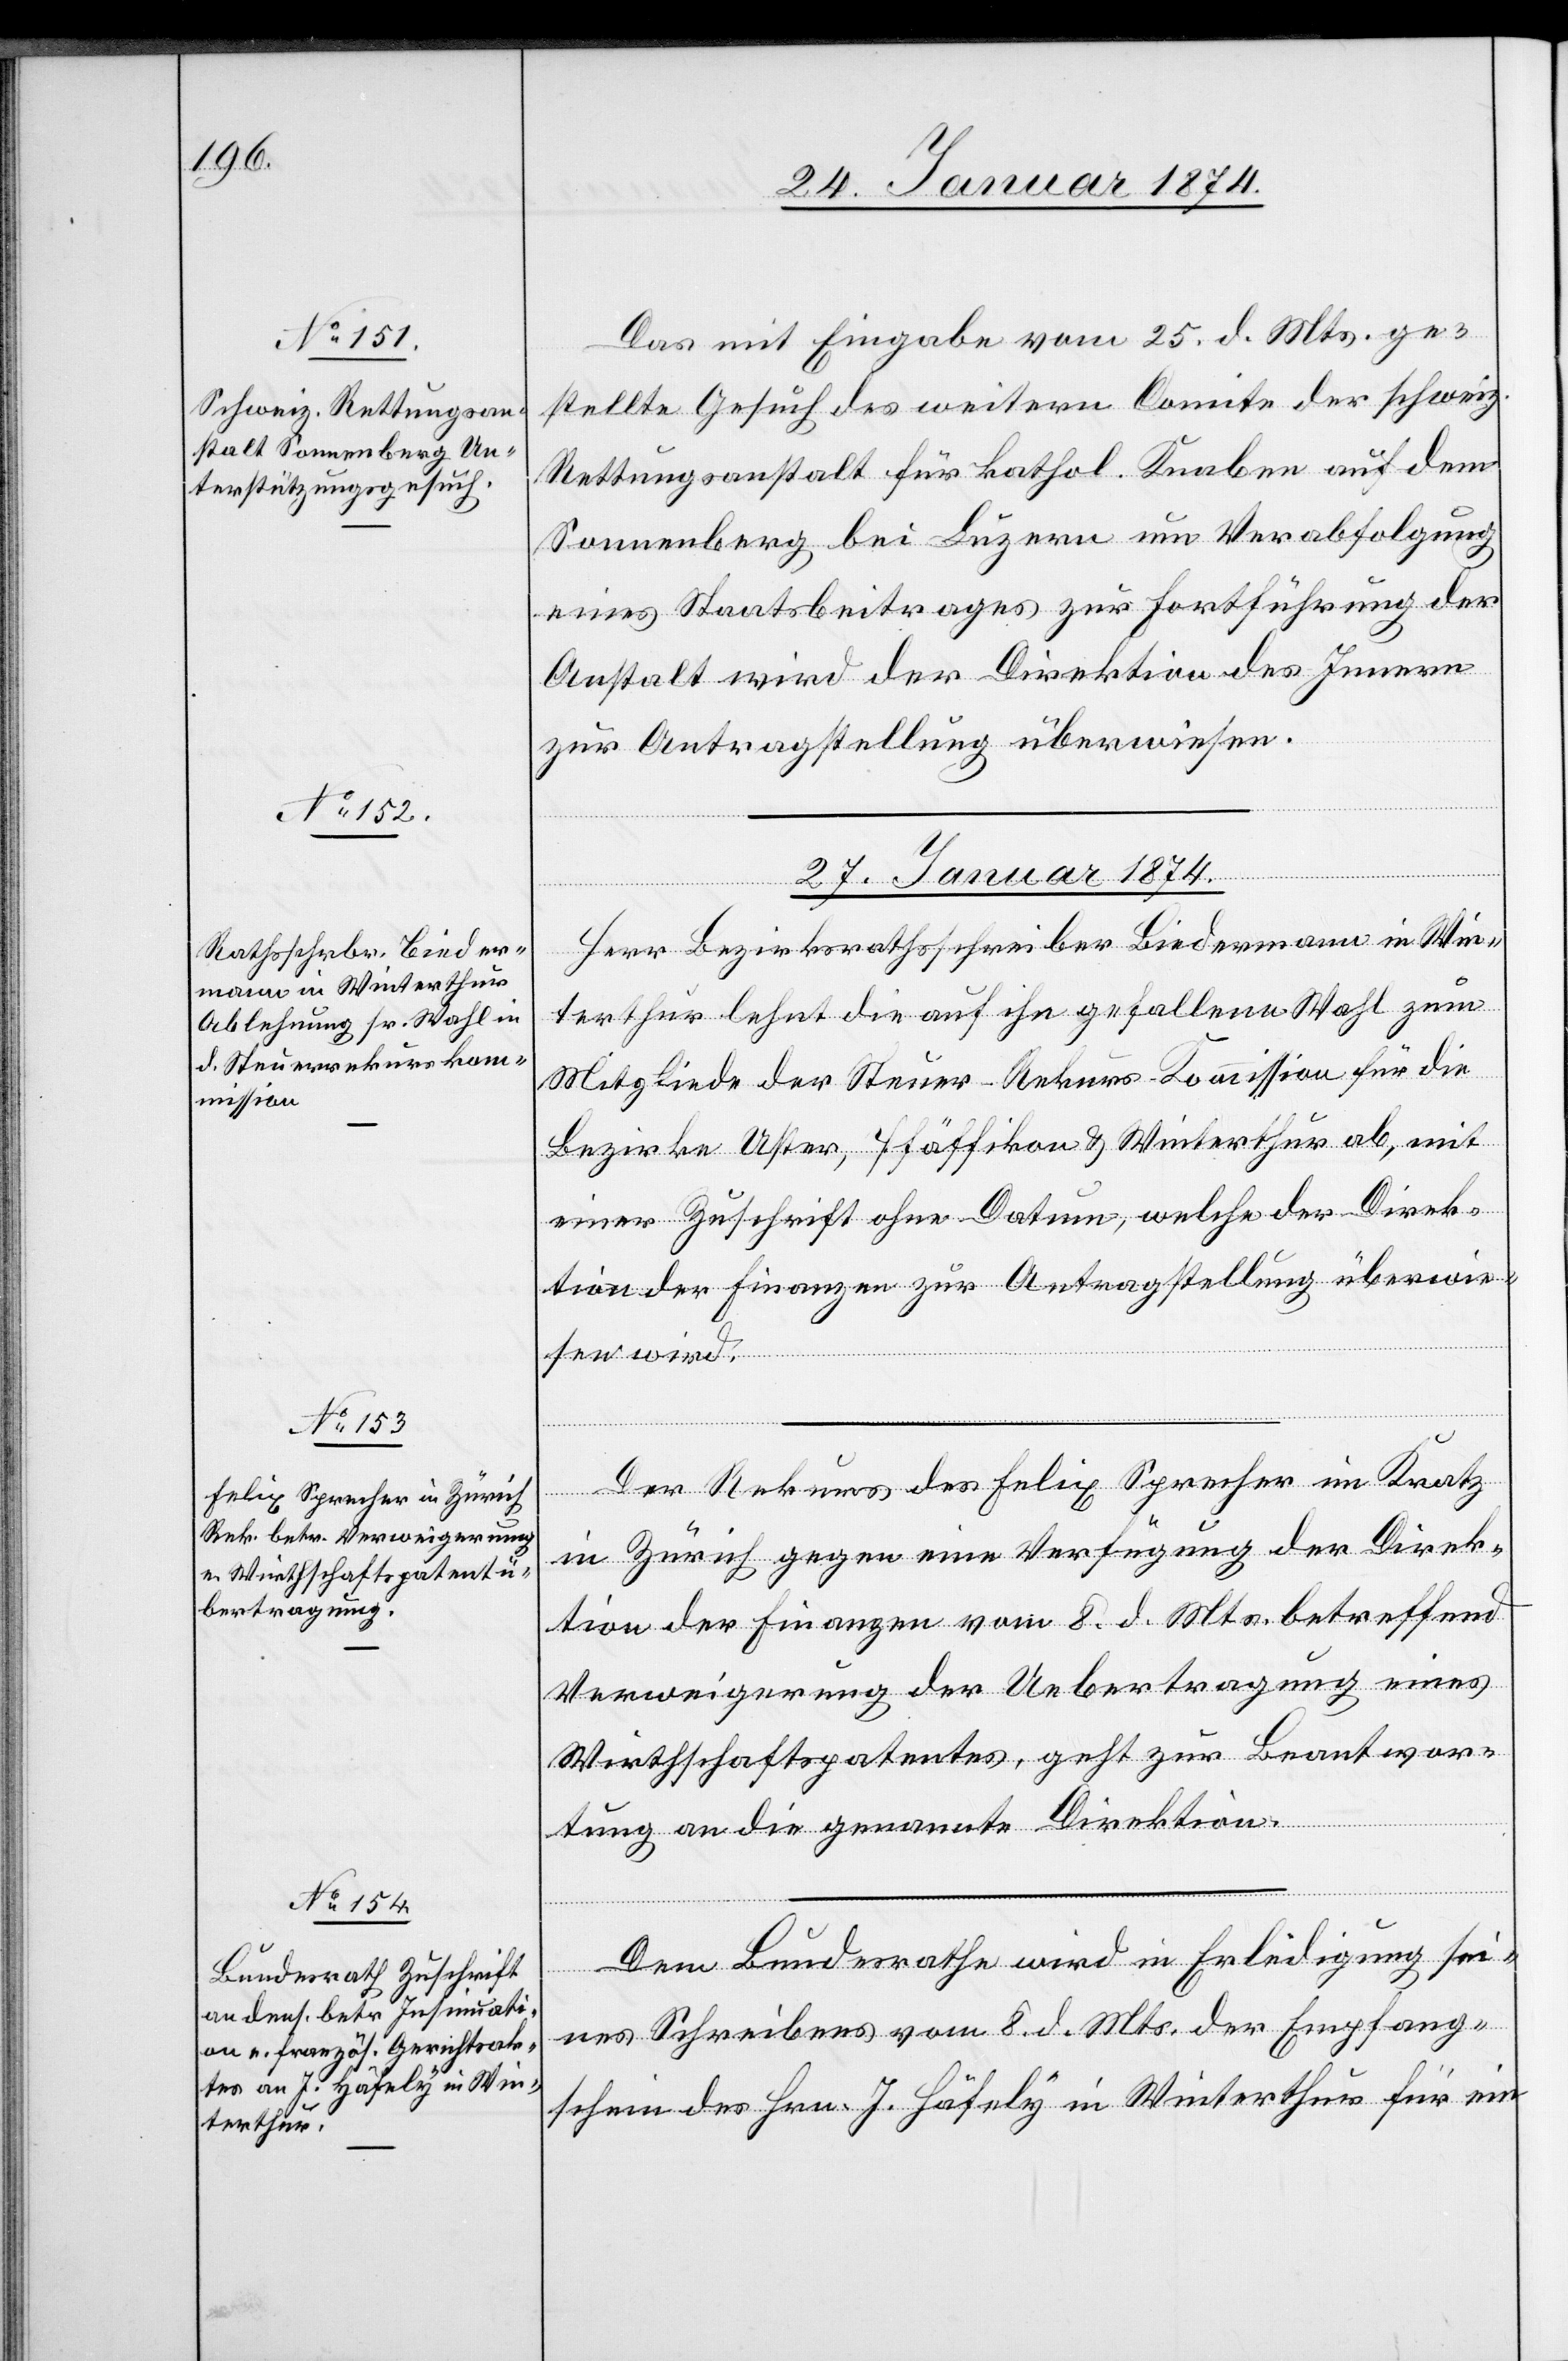
26. Januar 1874.]
Das mit Eingabe vom 25. d. Mts. ge¬
stellte Gesuch des weitern Comite der schweiz.
Rettungsanstalt für kathol. Knaben auf dem
Sonnenberg bei Luzern um Verabfolgung
eines Staatsbeitrages zur Fortführung der
Anstalt wird der Direktion des Innern
zur Antragstellung überwiesen.
27. Januar 1874.]
Herr Bezirksrathsschreiber Biedermann in Win¬
terthur lehnt die auf ihn gefallene Wahl zum
Mitgliede der Steuer-Rekurs-Commission für die
Bezirke Uster, Pfäffikon & Winterthur ab, mit
einer Zuschrift ohne Datum, welche der Direk¬
tion der Finanzen zur Antragstellung überwie¬
sen wird.
Der Rekurs des Felix Sprecher im Kratz
in Zürich gegen eine Verfügung der Direk¬
tion der Finanzen vom 8. d. Mts. betreffend
Verweigerung der Uebertragung eines
Wirthschaftspatentes, geht zur Beantwor¬
tung an die genannte Direktion.
Dem Bundesrathe wird in Erledigung sei¬
nes Schreibens vom 8. d. Mts. der Empfang¬
schein des Hrn. J. Häfely in Winterthur für ein